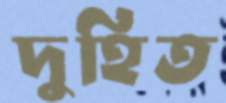
দুহিত